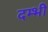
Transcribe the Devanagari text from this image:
दम्भी